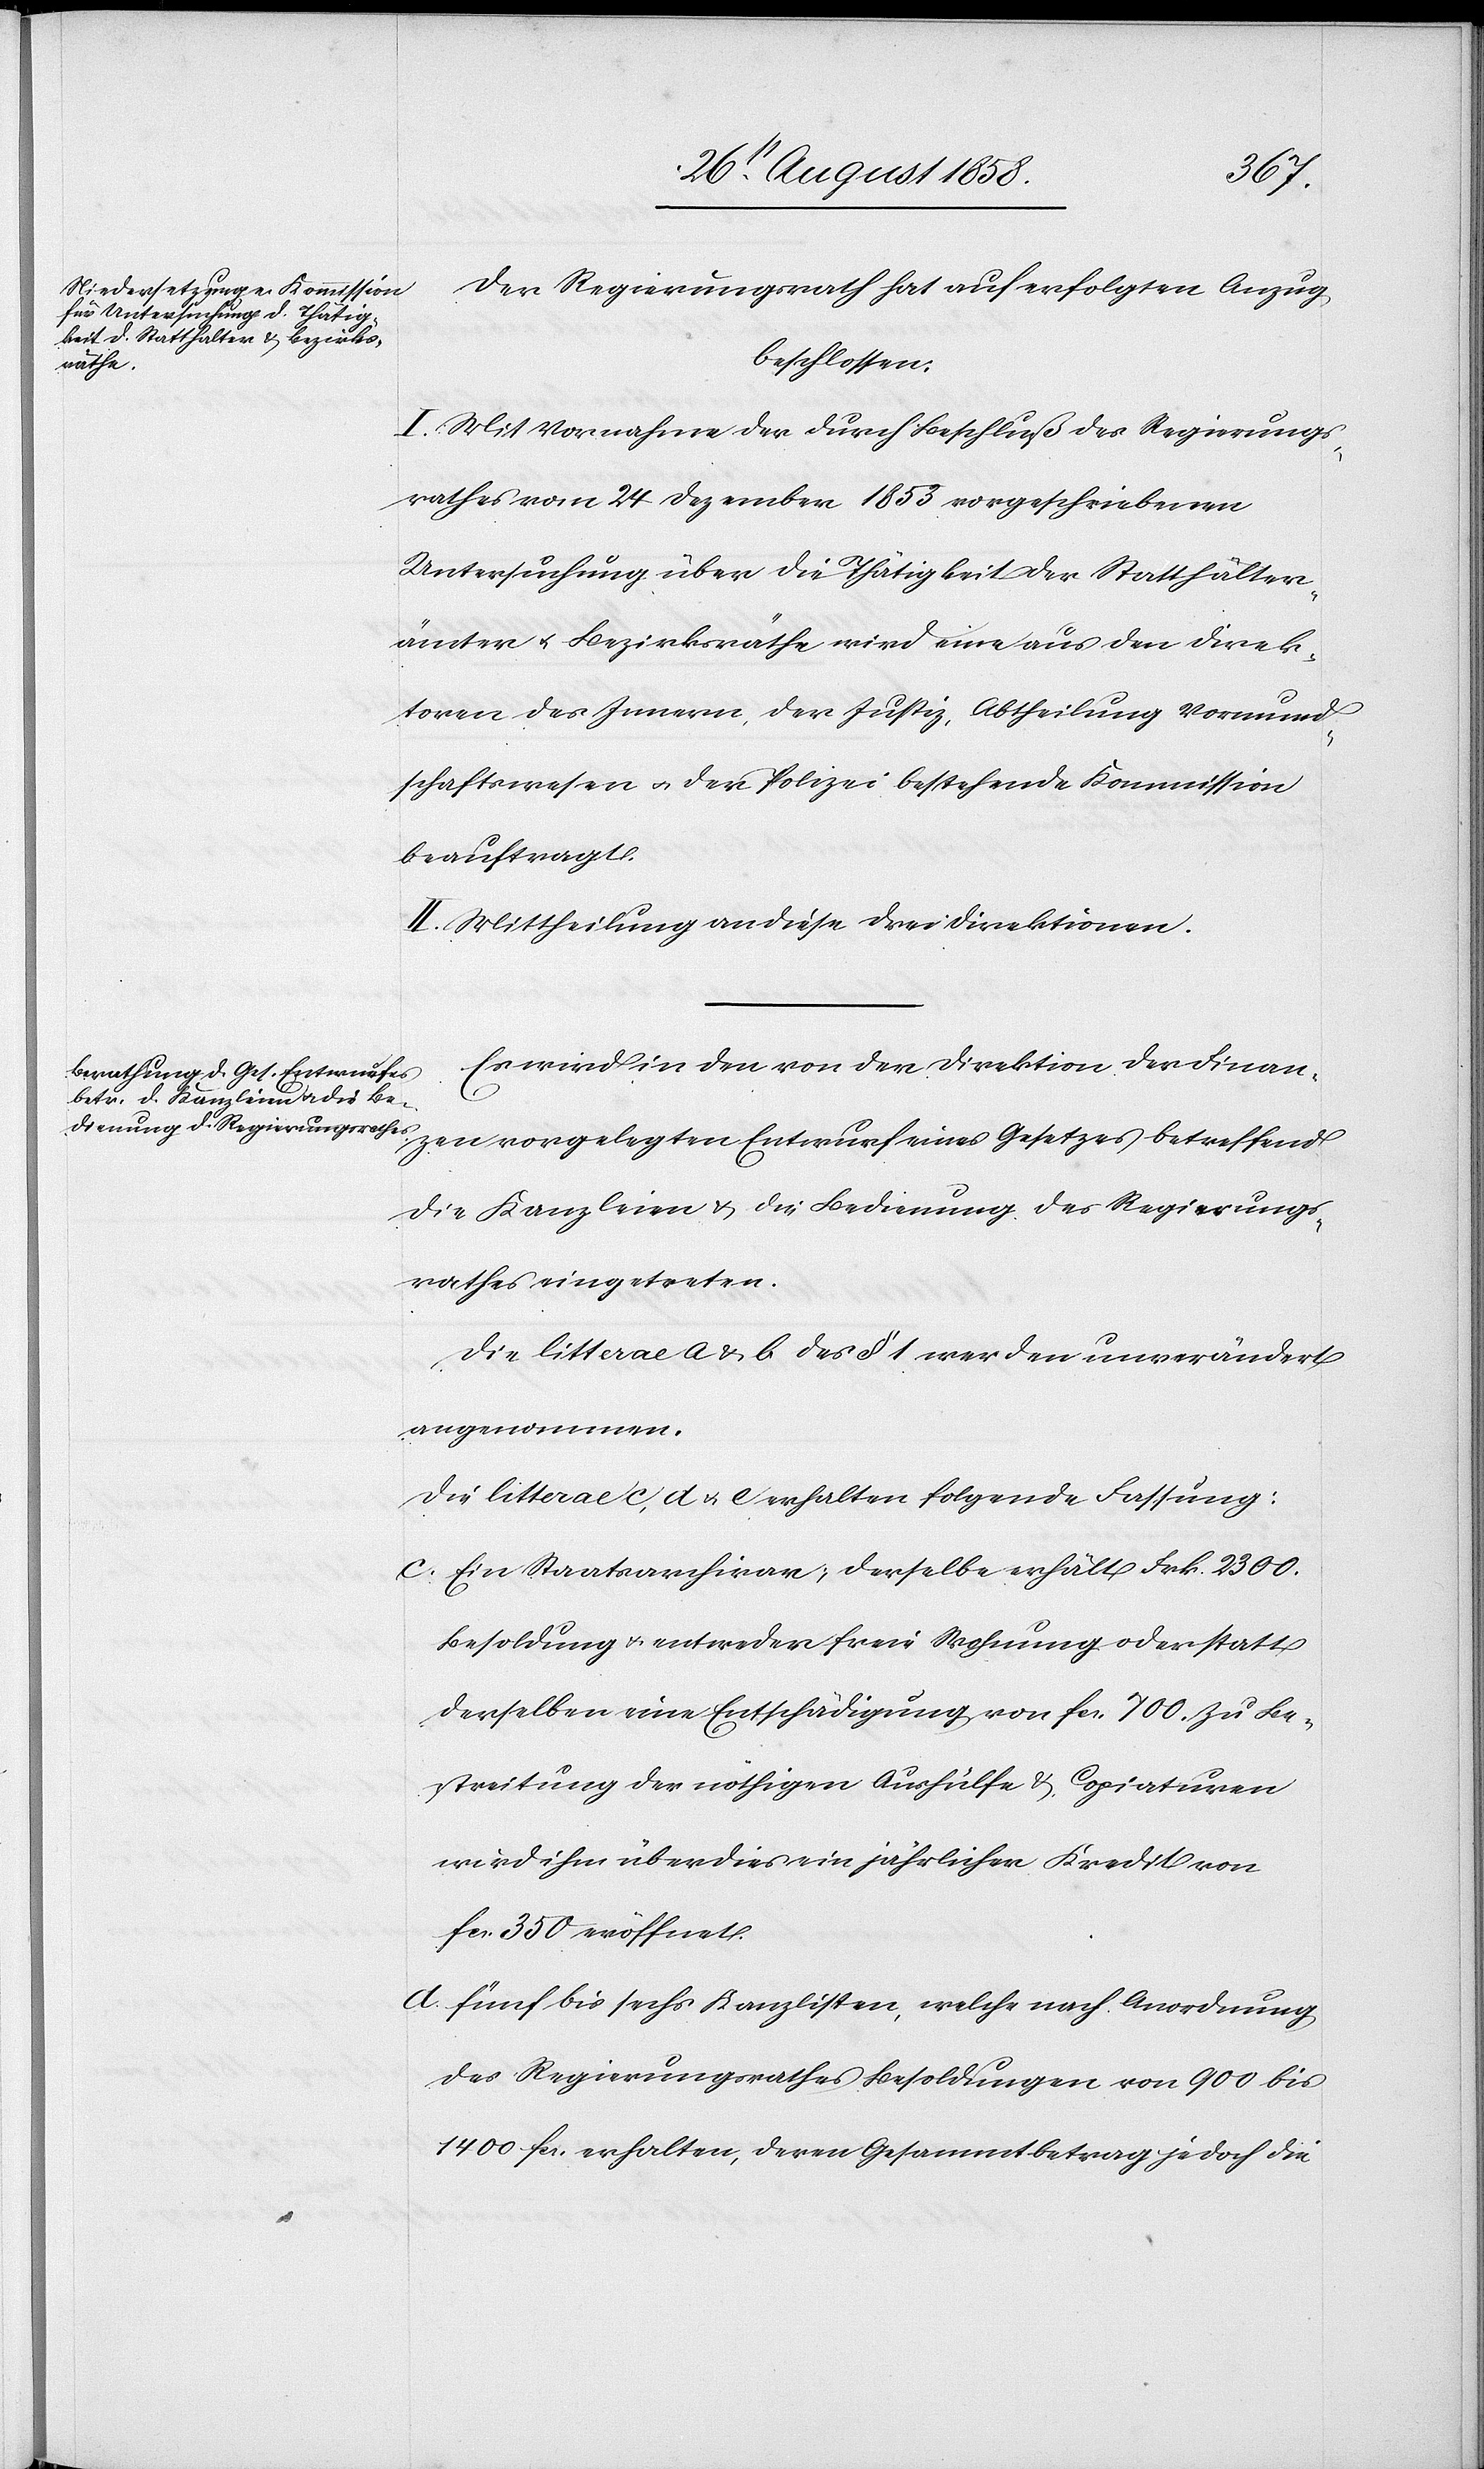
zen
Der Regierungsrath hat auf erfolgten Anzug
beschlossen:
I. Mit Vornahme der durch Beschluß des Regierungs¬
rathes vom 24 Dezember 1853 vorgeschriebenen
Untersuchung über die Thätigkeit der Statthalter¬
ämter & Bezirksräthe wird eine aus den Direk¬
toren des Innern, der Justiz, Abtheilung Vormund¬
schaftswesen & der Polizei bestehende Kommission
beauftragt.
II. Mittheilung an diese drei Direktionen.
Es wird in den von der Direktion der Finan¬
die Kanzleien & die Bedienung des Regierungs¬
rathes eingetreten.
Die litterae a & b des § 1 werden unverändert
angenommen.
Die litterae c, d & e erhalten folgende Fassung:
Ein Staatsarchivar; derselbe erhält Frk. 2300.
Besoldung & entweder freie Wohnung oder statt
derselben eine Entschädigung von fcs. 700. Zu Be¬
streitung der nöthigen Aushülfe & Copiaturen
wird ihm überdies ein jährlicher Kredit von
fcs. 350 eröffnet.
fünf bis sechs Kanzlisten, welche nach Anordnung
des Regierungsrathes Besoldungen von 900 bis
1400 fcs. erhalten, deren Gesammtbetrag jedoch die